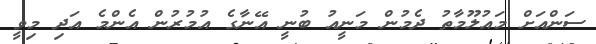
ސަންއަށް މައުލޫމާތު ދެމުން މަނީއު ބުނީ އޭނާގެ އުމުރުން އެންމެ އަދި މިވީ